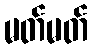
မတ်မတ်